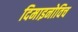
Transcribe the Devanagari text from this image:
दिमाइनोविच